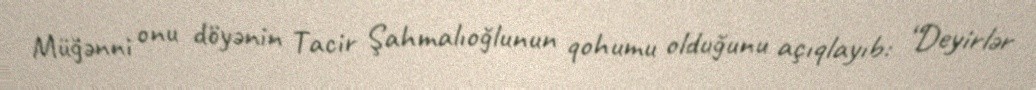
Müğənni onu döyənin Tacir Şahmalıoğlunun qohumu olduğunu açıqlayıb: “Deyirlər